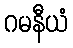
ဂမနီယံ